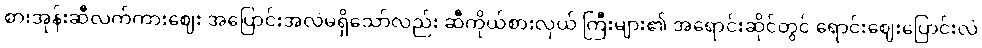
စားအုန်းဆီလက်ကားဈေး အပြောင်းအလဲမရှိသော်လည်း ဆီကိုယ်စားလှယ် ကြီးများ၏ အရောင်းဆိုင်တွင် ရောင်းဈေးပြောင်းလဲ